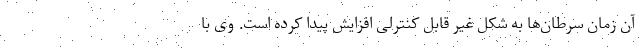
آن زمان سرطان‌ها به شکل غیر قابل کنترلی افزایش پیدا کرده است. وی با